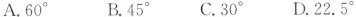
A.60^{\circ} B.45^{\circ} C.30^{\circ} D.22.5^{\circ}